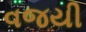
વજયી